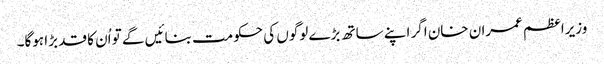
وزیراعظم عمران خان اگر اپنے ساتھ بڑے لوگوں کی حکومت بنائیں گے تو اُن کا قد بڑا ہوگا۔